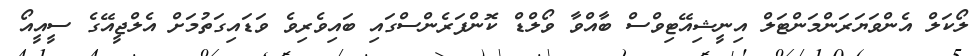
ލޯކަލް އެންވަޔަރަންމަންޓަލް އިނީޝިއޭޓިވްސް ބާއްވާ ވޯލްޑް ކޮންފަރެންސްގައި ބައިވެރިވެ ވަޑައިގަތުމަށް އެލްޖީއޭގެ ސީއީއޯ